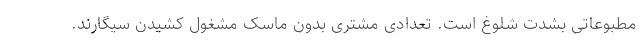
مطبوعاتی بشدت شلوغ است. تعدادی مشتری بدون ماسک مشغول کشیدن سیگارند.